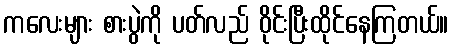
ကလေးများ စားပွဲကို ပတ်လည် ဝိုင်းပြီးထိုင်နေကြတယ်။